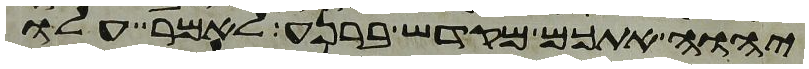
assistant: יהוה אתכם מקדש ברנע לאמר עלו